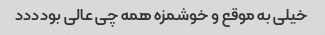
خیلی به موقع و خوشمزه همه چی عالی بودددد